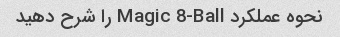
نحوه عملکرد Magic 8-Ball را شرح دهید